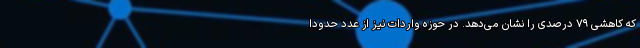
که کاهشی ۷۹ درصدی را نشان می‌دهد. در حوزه واردات نیز از عدد حدودا